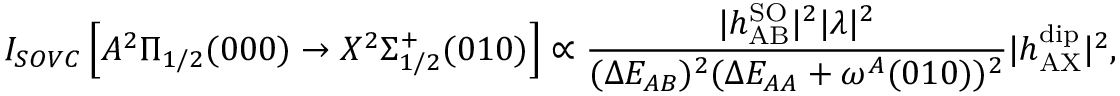
I _ { S O V C } \left[ A ^ { 2 } \Pi _ { 1 / 2 } ( 0 0 0 ) \rightarrow X ^ { 2 } \Sigma _ { 1 / 2 } ^ { + } ( 0 1 0 ) \right] \propto \frac { | h _ { \mathrm { A B } } ^ { \mathrm { S O } } | ^ { 2 } | \lambda | ^ { 2 } } { ( \Delta E _ { A B } ) ^ { 2 } ( \Delta E _ { A A } + \omega ^ { A } ( 0 1 0 ) ) ^ { 2 } } | h _ { \mathrm { A X } } ^ { \mathrm { d i p } } | ^ { 2 } ,